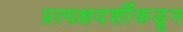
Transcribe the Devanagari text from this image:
प्रत्यक्षदर्शींकडून